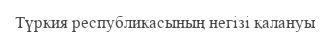
Түркия республикасының негізі қалануы